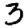
Digit: 3